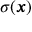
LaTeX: \sigma ( { \boldsymbol { x } } )